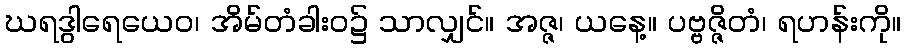
ဃရဒွါရေယေဝ၊ အိမ်တံခါးဝ၌ သာလျှင်။ အဇ္ဇ၊ ယနေ့။ ပဗ္ဗဇ္ဇိတံ၊ ရဟန်းကို။